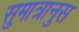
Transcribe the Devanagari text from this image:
सुमात्रानुस